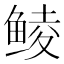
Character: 鲮